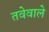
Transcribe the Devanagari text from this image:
तवेवाले